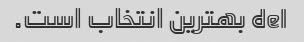
del بهترین انتخاب است.